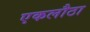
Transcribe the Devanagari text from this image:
एकलौठा